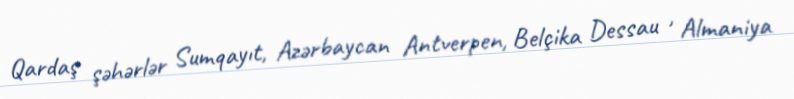
Qardaş şəhərlər Sumqayıt, Azərbaycan Antverpen, Belçika Dessau , Almaniya